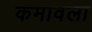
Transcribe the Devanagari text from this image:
कमावला